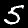
Label: 5